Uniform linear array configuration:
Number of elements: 24
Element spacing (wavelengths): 0.75
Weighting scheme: uniform
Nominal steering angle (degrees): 30
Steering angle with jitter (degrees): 29.989
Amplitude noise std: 0.05
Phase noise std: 0.05

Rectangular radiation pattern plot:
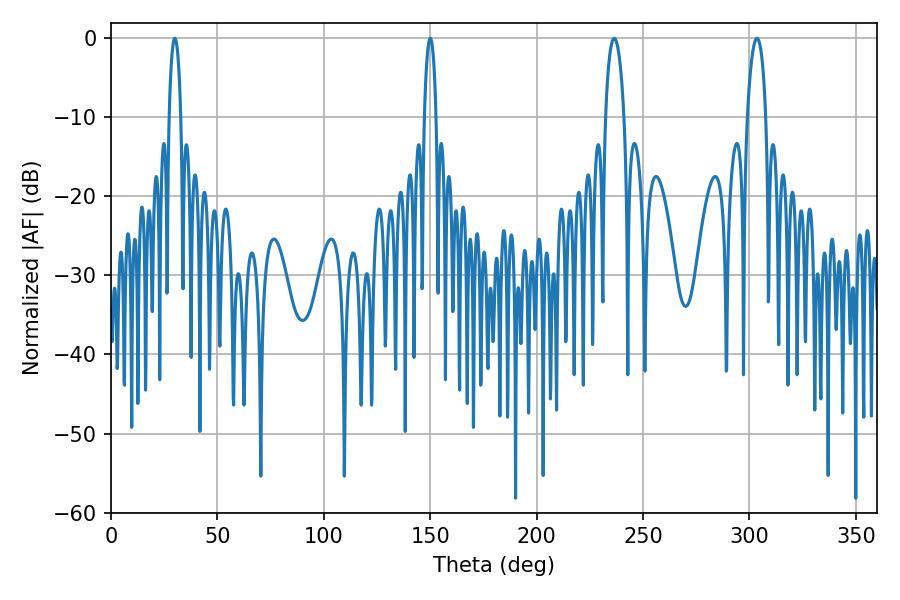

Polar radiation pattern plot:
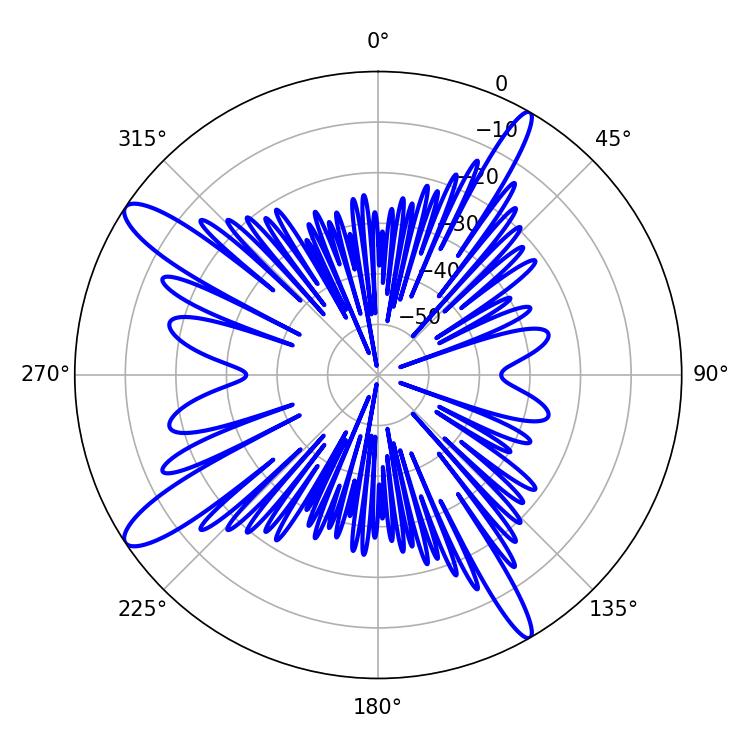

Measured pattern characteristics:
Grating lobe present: TRUE
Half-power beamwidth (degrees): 5.04
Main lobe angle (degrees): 236.52